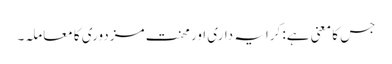
جس کا معنی ہے: کرایہ داری اور محنت مزدوری کا معاملہ۔